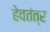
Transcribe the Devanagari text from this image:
हेवतंत्र